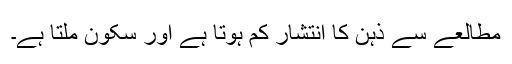
مطالعے سے ذہن کا انتشار کم ہوتا ہے اور سکون ملتا ہے۔